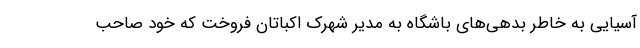
آسیایی به خاطر بدهی‌های باشگاه به مدیر شهرک اکباتان فروخت که خود صاحب